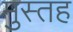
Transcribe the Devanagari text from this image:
मुस्तह